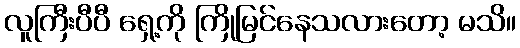
လူကြီးပီပီ ရှေ့ကို ကြိုမြင်နေသလားတော့ မသိ။